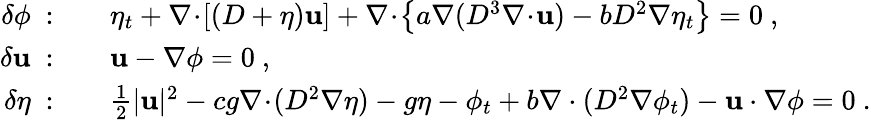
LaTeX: \begin{array}{rl}{\delta\phi~:}&{{}\quad\eta_{t}+\nabla\! \cdot\! [(D+\eta)\mathbf{u}]+\nabla\! \cdot\! \left\{ a\nabla(D^{3}\nabla\! \cdot\! \mathbf{u})-bD^{2}\nabla\eta_{t}\right\} =0\ ,}\\ {\delta\mathbf{u}~:}&{{}\quad\mathbf{u}-\nabla\phi=0\ ,}\\ {\delta\eta~:}&{{}\quad\frac{1}{2}|\mathbf{u}|^{2}-cg\nabla\! \cdot\! (D^{2}\nabla\eta)-g\eta-\phi_{t}+b\nabla\cdot(D^{2}\nabla\phi_{t})-\mathbf{u}\cdot\nabla\phi=0\ .}\end{array}